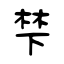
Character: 梺